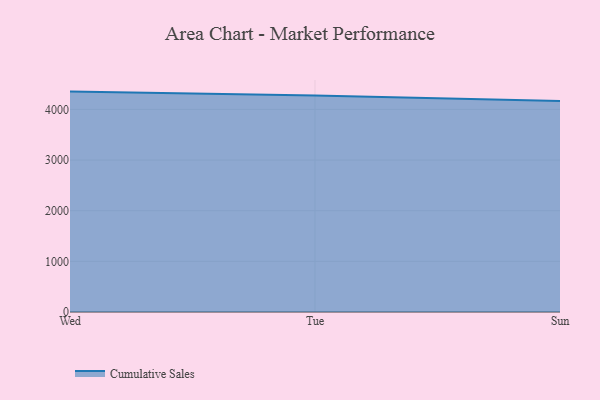
{"axis": {"x": "Day", "y": "Budget (USD K)"}, "legend": ["Cumulative Sales"], "data": [{"x": "Wed", "y": 4351.3, "type": "Cumulative Sales"}, {"x": "Tue", "y": 4273.9, "type": "Cumulative Sales"}, {"x": "Sun", "y": 4166.0, "type": "Cumulative Sales"}]}